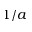
1 / a